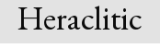
Heraclitic